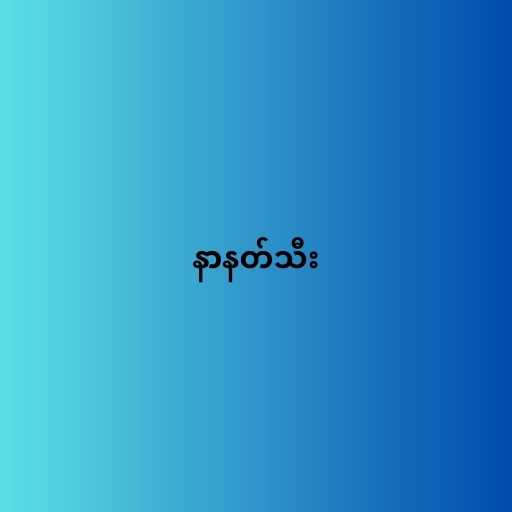
နာနတ်သီး